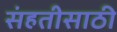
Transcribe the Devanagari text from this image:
संहतीसाठी